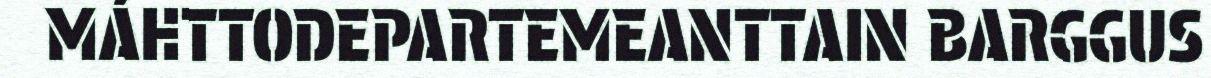
MÁHTTODEPARTEMEANTTAIN BARGGUS